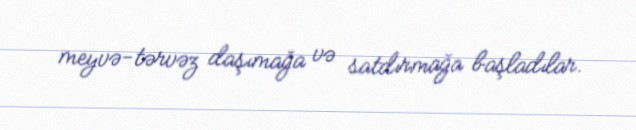
meyvə-tərvəz daşımağa və satdırmağa başladılar.